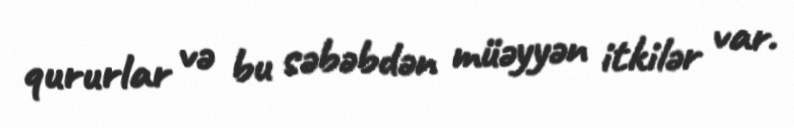
qururlar və bu səbəbdən müəyyən itkilər var.